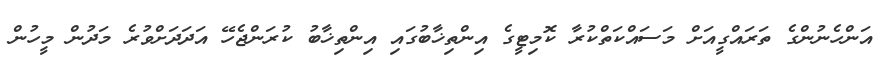
އަންހެނުންގެ ތަރައްގީއަށް މަސައްކަތްކުރާ ކޮމިޓީގެ އިންތިޚާބުގައި އިންތިޚާބު ކުރަންޖެހޭ އަދަދަށްވުރެ މަދުން މީހުން